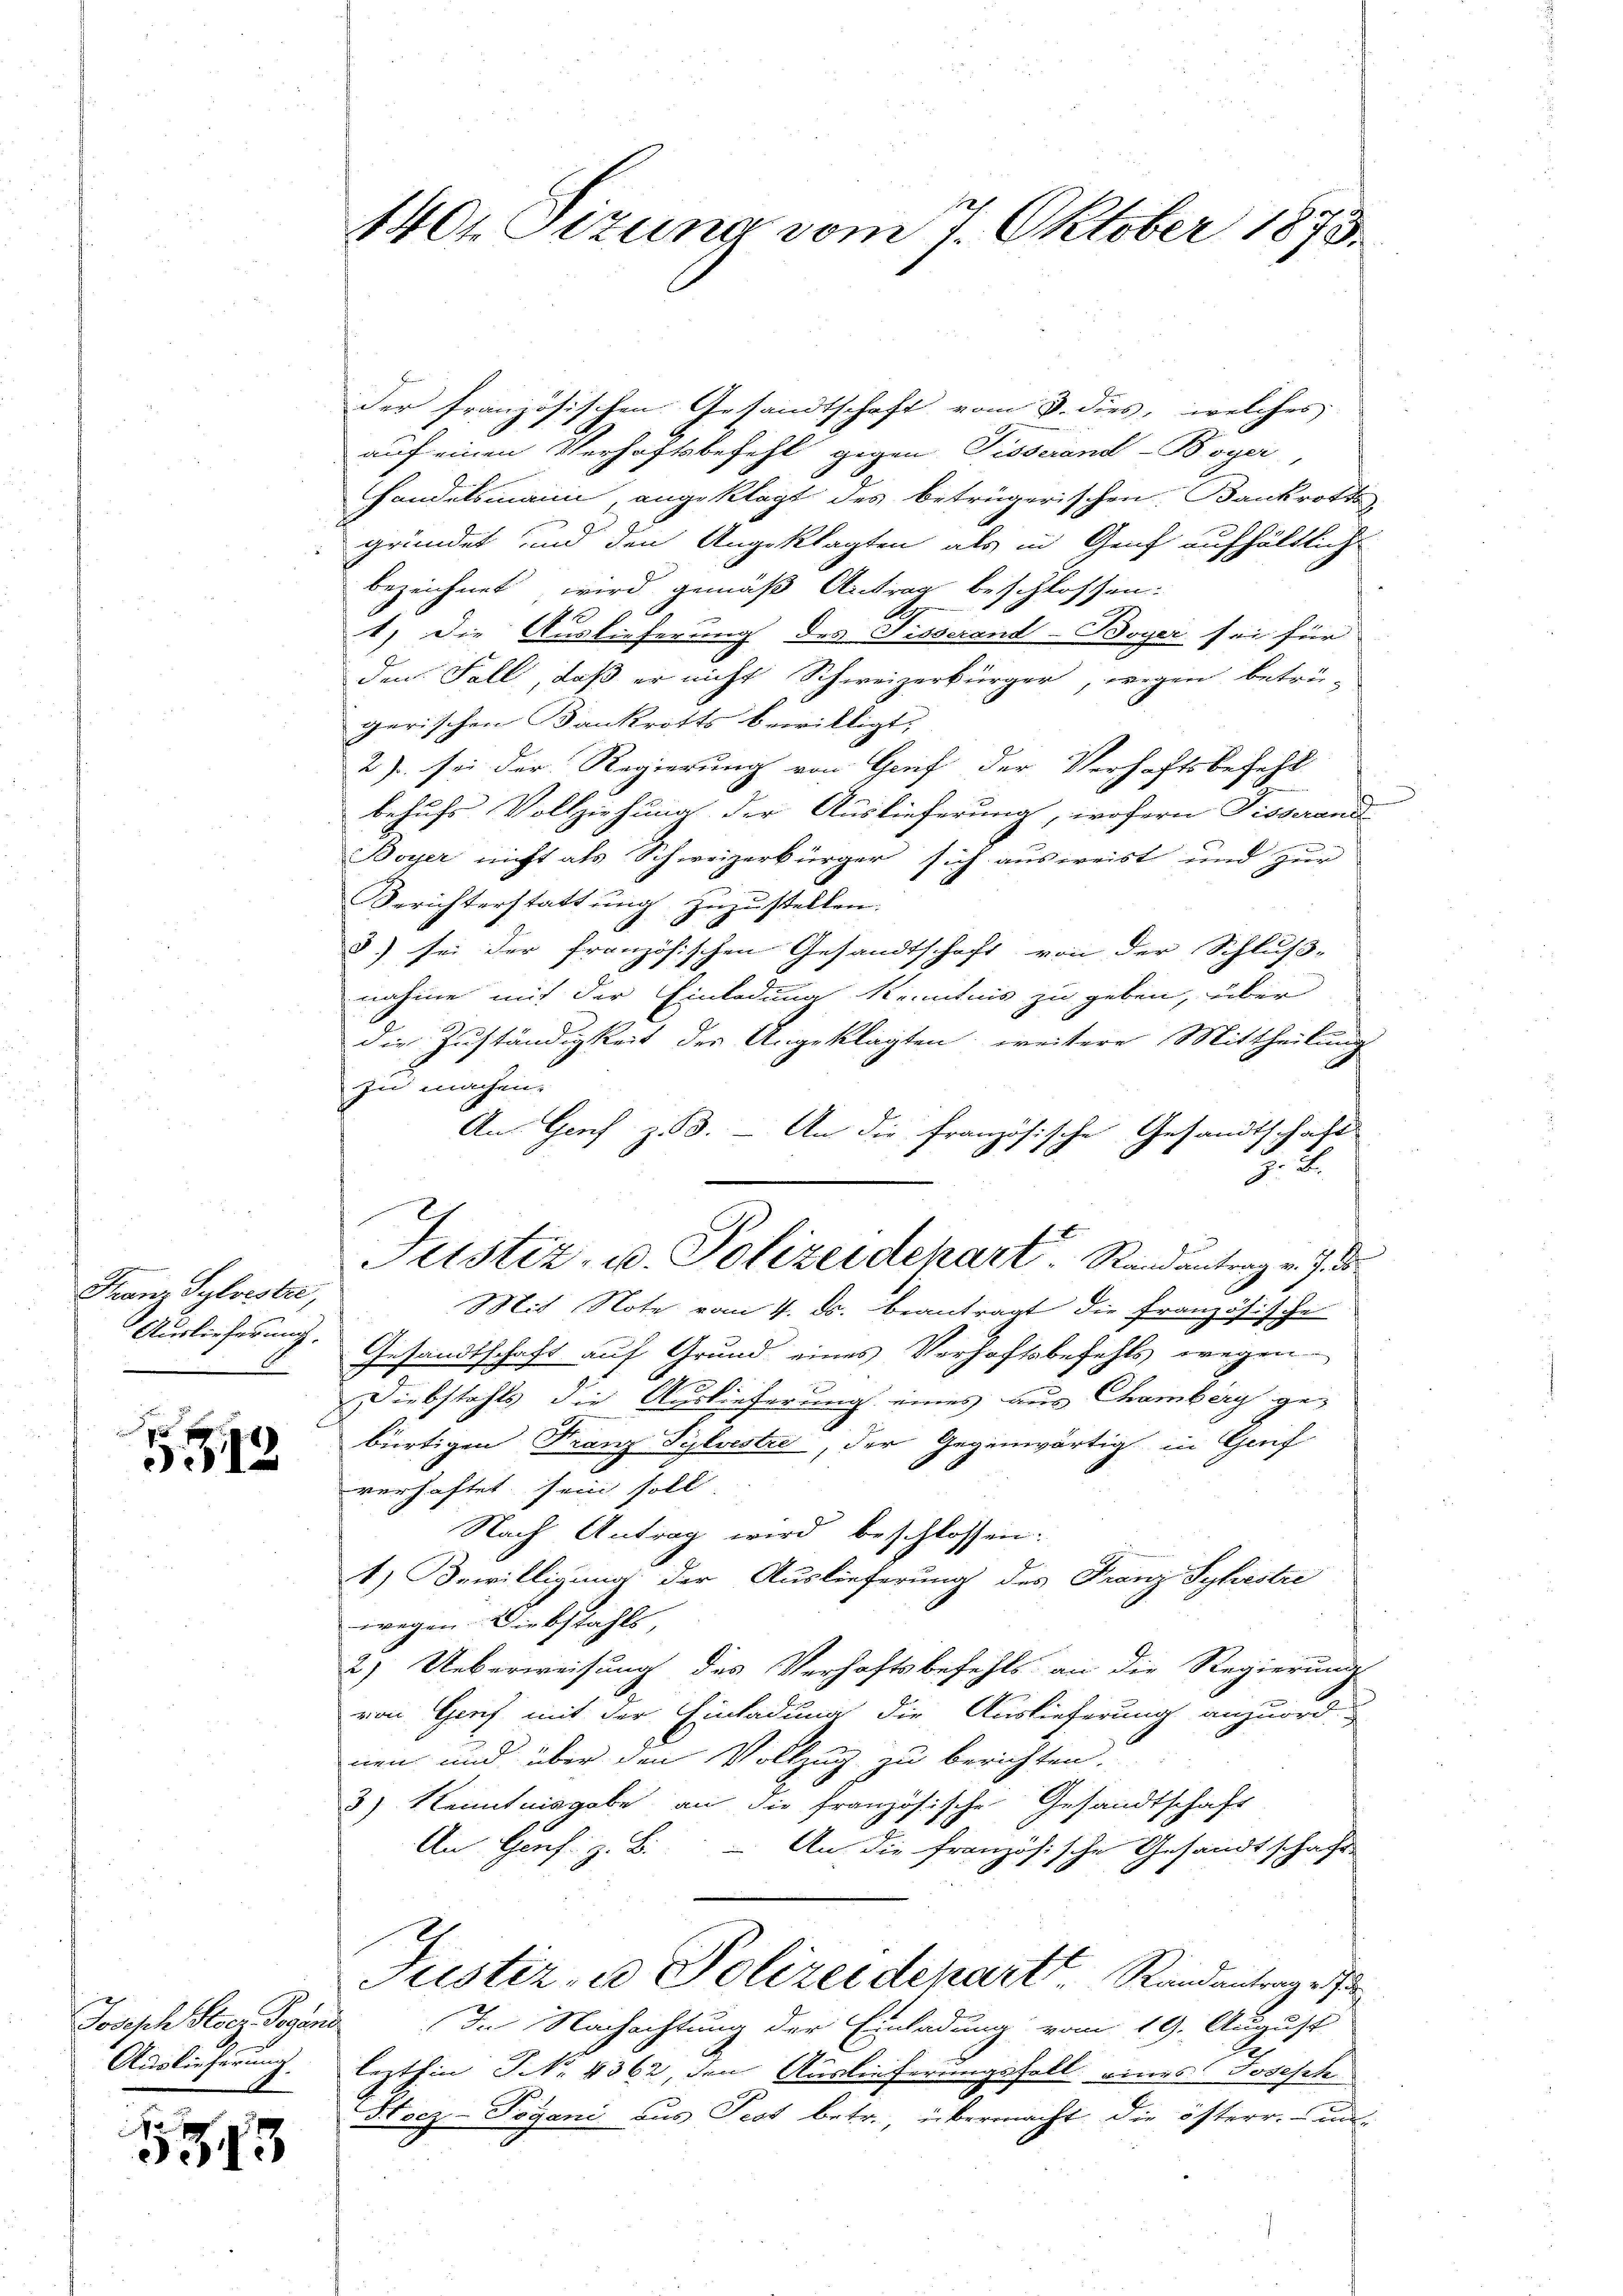
Franz Sylveste,

3.12

der französischen Gesandtschaft vom 3. dies, welches
auf einen Verhaftsbefehl gegen Tisserend-Boyer
handelsmann, angeklagt des betrügerischen Bankrotte
gründet und den Angeklagten als in Genf aufhältlich
bezeichnet, wird gemäß Antrag beschlossen:
of
1) Die Auslieferung des Fisserand-Boyer sei für
den Fall, daß er nicht Schweizerbürger, wegen betrügerischen Bankrotts bewilligt,
2) sei der Regierung von Graf der Verhaftsbefehl
behufs Vollziehung der Auslieferung, wofern Tisserand
Boyer nicht als Schweizerbürger sich ausweist und zur
Berichterstattung zuzustellen.
3) sei der französischen Gesandtschaft von der Schluß-
nahme mit der Einladung Kenntnis zu geben, über
die Zuständigkeit der Angeklagten, weitere Mittheilung
zu machen.
An Genf z.B. - An die französische Gesandtschaft
2
Mit Note vom 4. ds. beantragt die Französische
Auslieferung. Gesandtschaft auf Grund eines Verhaftsbefehls wegen
Diebstahls die Auslieferung eines aus Chamberg gebürtigen Franz Sylvestre, der Gegenwärtig in Genf
verhaftet sein soll
Nach Antrag wird beschlossen:
1) Bewilligung der Auslieferung des Franz Syhestre
wegen Diebstahls,
2) Ueberweisung des Verhaftsbefehls an die Regierung
von Genf mit der Einladung die Auslieferung anzuord
nen und über den Vollzug zu berichten.
3) Kenntnisgabe an die französische Gesandtschaft
An Genf. z. B. - An die französische Gesandtschäfte
Justiz- u Polizeideparte Randantrage
Joseph Steg. Gegens In Nachachtung der Einladung vom 19. August
.
lezthin No. 4362, den Auslieferungsfall eines Joseph¬
Socz-Pogani aus Pest betr. übermacht die österr. un-

Auslieferung

1313

1401 Sizung vom 7. Oktober 1873.

Justiz- u. Polizeidehart. Randantrag v. J. de